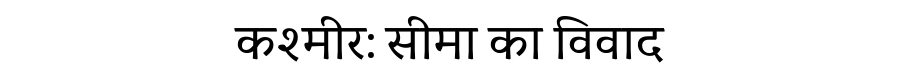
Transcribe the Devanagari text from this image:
कश्मीर: सीमा का विवाद